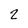
Character: 2